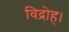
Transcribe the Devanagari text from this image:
विद्रोह।